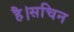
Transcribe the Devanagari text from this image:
है।सचिन